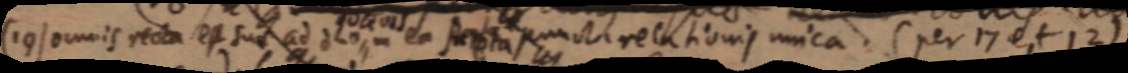
(19) omnis recta est su _ ad duo in ea fieri puncta relationis unica. (per 17 et 12)